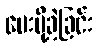
ပေးပို့ခဲ့ခြင်း